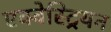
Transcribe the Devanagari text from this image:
एक्वेस्ट्रियन